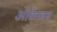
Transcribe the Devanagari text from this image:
ओकेज़न